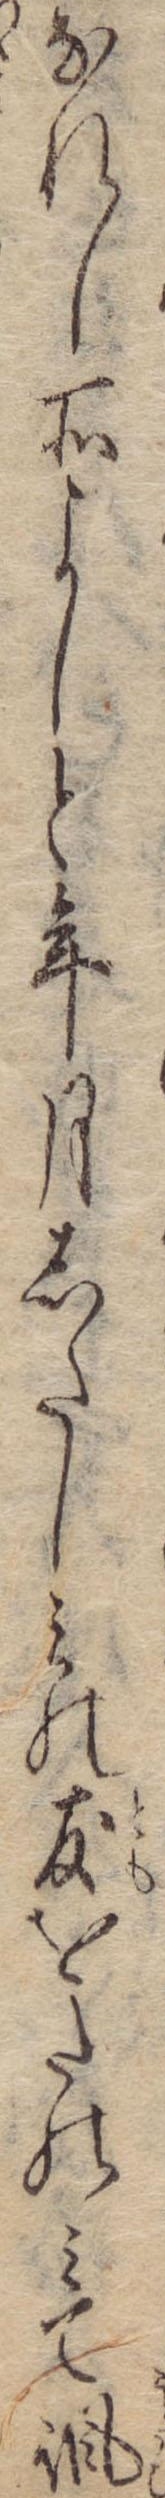
なれし所よしと年月したしみの友をたのみて諷